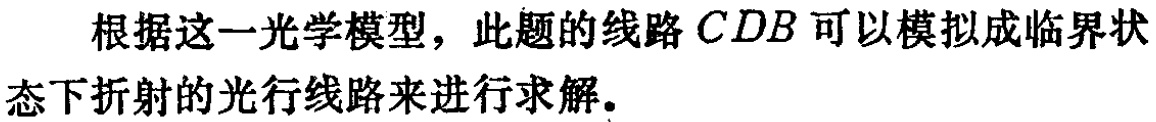
根据这一光学模型，此题的线路\(CDB\)可以模拟成临界状态下折射的光行线路来进行求解。